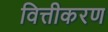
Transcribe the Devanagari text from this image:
वित्तीकरण